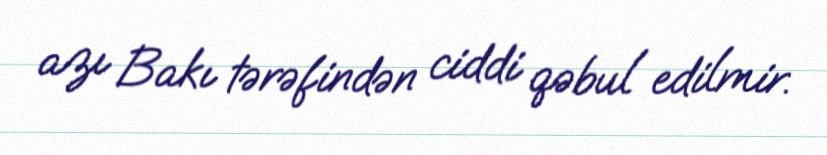
azı Bakı tərəfindən ciddi qəbul edilmir.